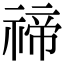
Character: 禘